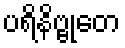
ပရိနိဗ္ဗုတေ